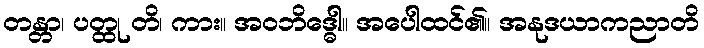
တန္တာ၊ ပတ္ထု တိ၊ ကား။ အဝဘိဒ္ဓေါ။ အပေါထင်၏။ အနုဒယာကညာတိ